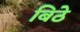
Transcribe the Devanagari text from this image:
बिठे